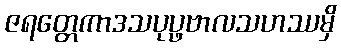
ဇရတ္တေကာဒသပုပ္ဖဗာလသဟဿမှိ